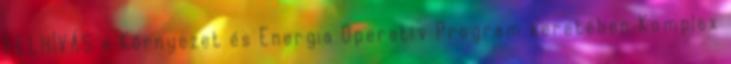
FELHÍVÁS a Környezet és Energia Operatív Program keretében Komplex